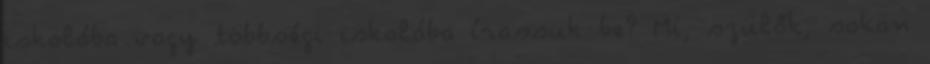
iskolába vagy többségi iskolába írassuk be? Mi, szülők, sokan